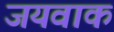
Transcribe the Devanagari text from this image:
जयवाक